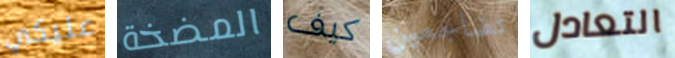
عليكي المضخة كيف تضاجعين التعادل